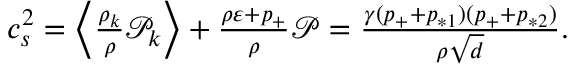
\begin{array} { r } { c _ { s } ^ { 2 } = \Big \langle \frac { \rho _ { k } } { \rho } \mathcal { P } _ { k } \Big \rangle + \frac { \rho \varepsilon + p _ { + } } { \rho } \mathcal { P } = \frac { \gamma ( p _ { + } + p _ { * 1 } ) ( p _ { + } + p _ { * 2 } ) } { \rho \sqrt { d } } . } \end{array}